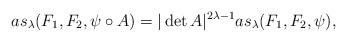
LaTeX: \begin{align*}as_\lambda(F_1,F_2,\psi \circ A) = |\det A|^{2\lambda-1}as_\lambda (F_1,F_2,\psi),\end{align*}